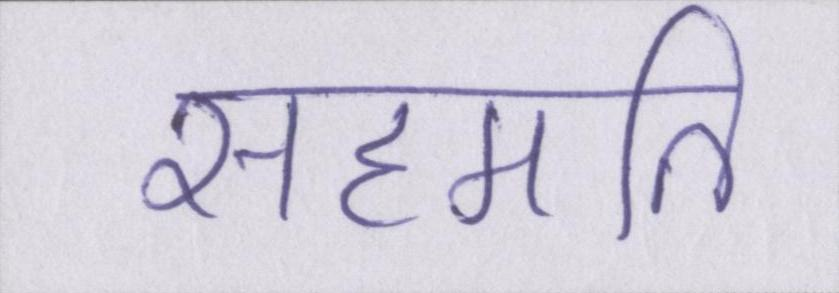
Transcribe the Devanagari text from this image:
सहमति